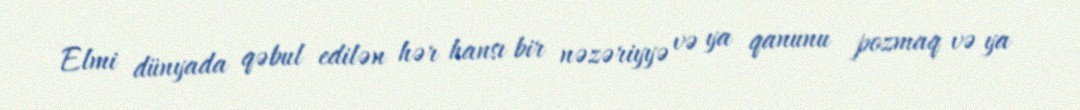
Elmi dünyada qəbul edilən hər hansı bir nəzəriyyə və ya qanunu pozmaq və ya